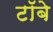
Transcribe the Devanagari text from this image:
टॉबे